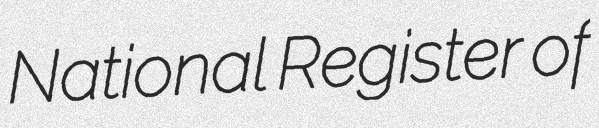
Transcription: National Register of